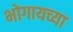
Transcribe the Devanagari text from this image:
भोगायच्या